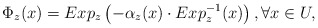
\begin{align*}\Phi_z(x)=Exp_z\left(- \alpha_z(x) \cdot Exp^{-1}_z(x)\right), \forall x \in U,\end{align*}